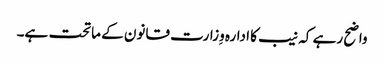
واضح رہے کہ نیب کا ادارہ وِزارت قانون کے ماتحت ہے۔